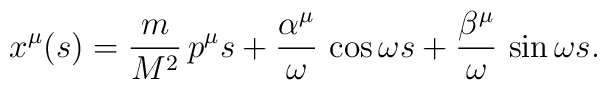
x^{\mu}( s)=\frac{m}{M^2}\,p^{\mu} s+\frac{\alpha^{\mu}} {\omega}\,\cos\omega s+\frac{\beta^{\mu}}{\omega}\,\sin \omega s.